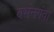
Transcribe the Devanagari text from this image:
बभंनगंवा